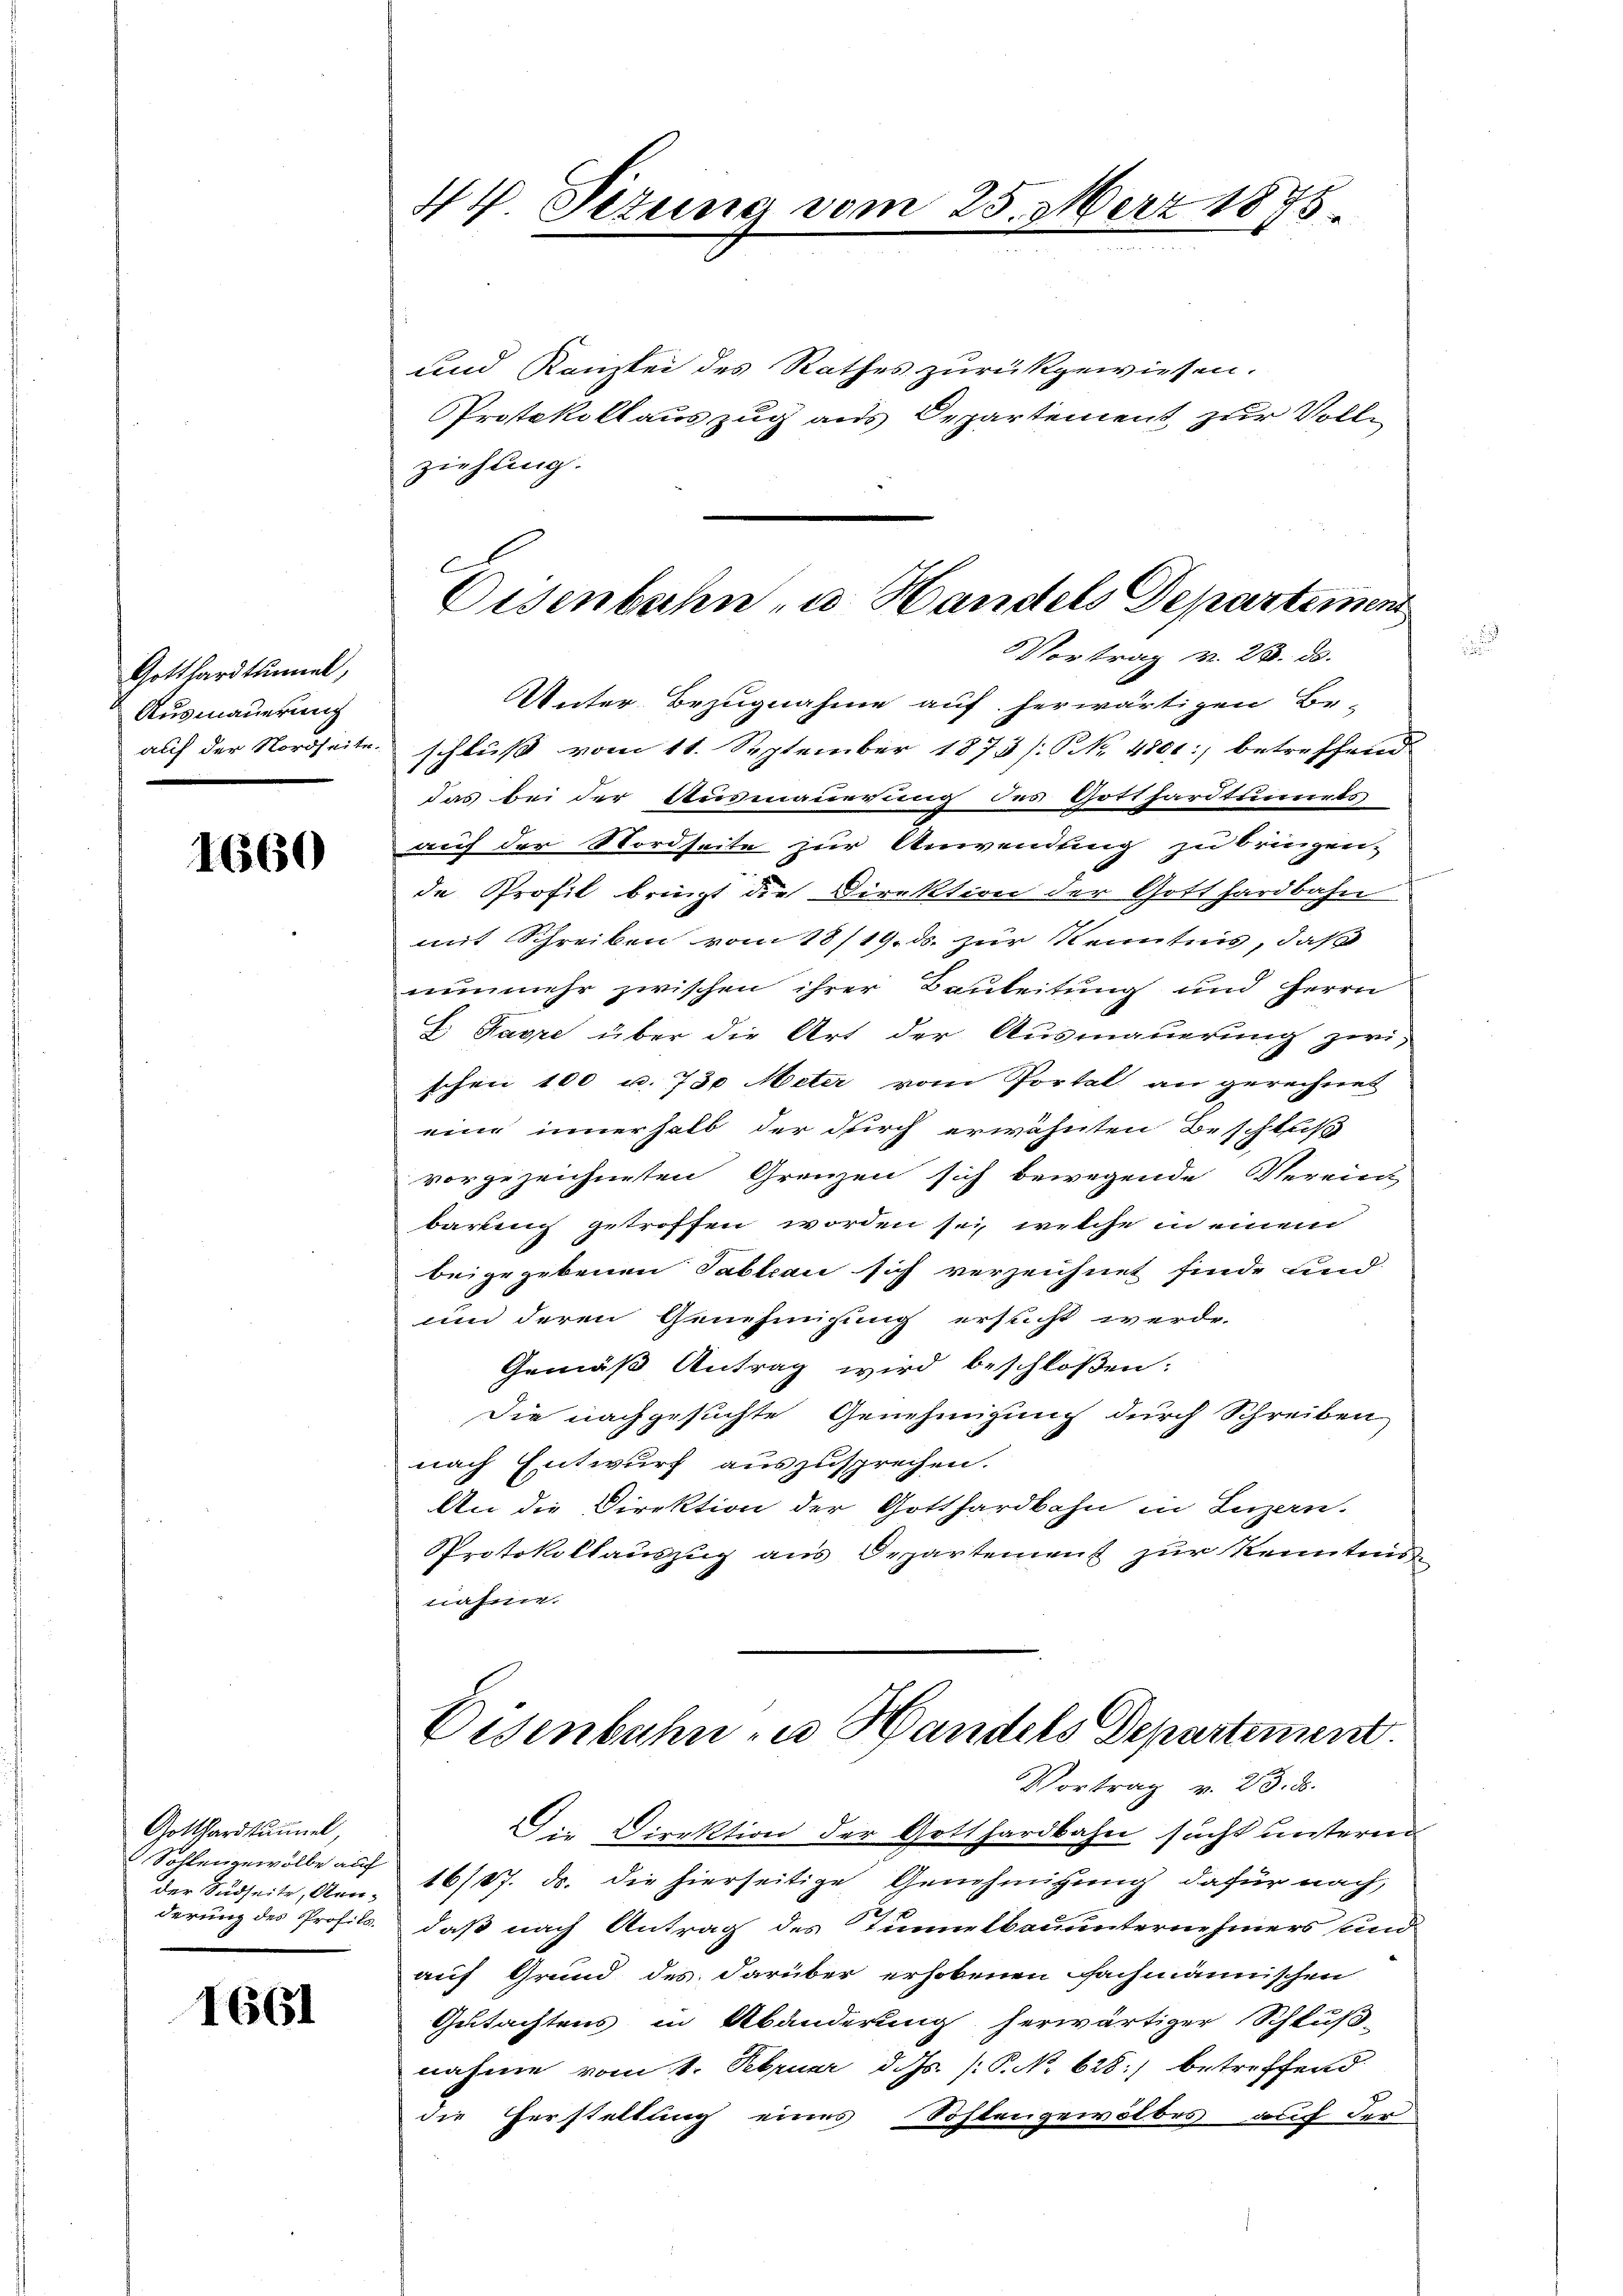
Gotthardtunnel,
Ausmauerung
auf der Nordseite

1660

Gotthardstummel,
Sohlengewölbe auf
der Sudseite, Renderung des Profils.

1661

44. Sizung vom 25. März 1875

und Kanzlei des Rathes zurückgewiesen.
Protokollauszug aus Departement zur Vollziehung.
Vortrag v. 23. ds.
Unter Bezugnahme auf herwärtigen Beschluß vom 11. September 1873 /:NNNo. 4801 betreffend
das bei der Ausmauerung des Gotthardtunnels
auf der Nordseite zur Anwendung zu bringen,
de Profil bringt die Direktion der Gotthardbahn
mit Schreiben vom 18/19. ds. zur Kenntnis, daß
nunmehr zwischen ihrer Bauleitung und Herrn
E. Favre über die Art der Ausmauerung zwi-
schen 100 u. 730 Meter vom Portal an gerechnet
eine innerhalb der durch erwähnten Beschluß
vorgezeichneten Grenzen sich bewegende Verein
barung getroffen worden sei, welche in einem
beigegebenen Tableau sich verzeichnet finde und
von deren Genehmigung ersucht werde.
Gemäß Antrag wird beschloßen:
die nachgesuchte Genehmigung durch Schreiben
nach Entwurf auszusprechen.
An die Direktion der Gotthardbahn in Luzern.
Protokollauszug aus Departement zur Kenntni
nahme.
Eisenbahn zu Handels Departement.
Vortrag v. 23. d.
Die Direktion der Gotthardbahn sucht unteren
16/87. ds. die hierseitige Genehmigung dafür nach,
daß nach Antrag des Tunnelbauunternehmers und
auf Grund des darüber erhobenen fachmännischen
Gutachtens in Abänderung herwärtiger Schluß-
nahme vom 1. Februar d. Js. [P. No. 625) betreffend
die Herstellung eines Sohlengewölbes auf der

C
Eisenbahn, u. Handels Departement